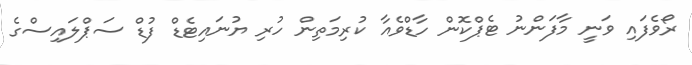
ރޯވެފައި ވަނީ މާފަންނު ޓެޕްކޮން ހާޑްވެއާ ކުރިމަތިން ހުރި ޔުނައިޓެޑް ފުޑް ސަޕްލައިސްގެ